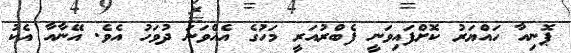
ޕޮނިއާ ހައްޔަރު ކޮށްފައިވަނީ ފެބްރުއަރީ މަހުގެ އެއްވަނަ ދުވަހު އެވެ. އޭނާއާ އެކު